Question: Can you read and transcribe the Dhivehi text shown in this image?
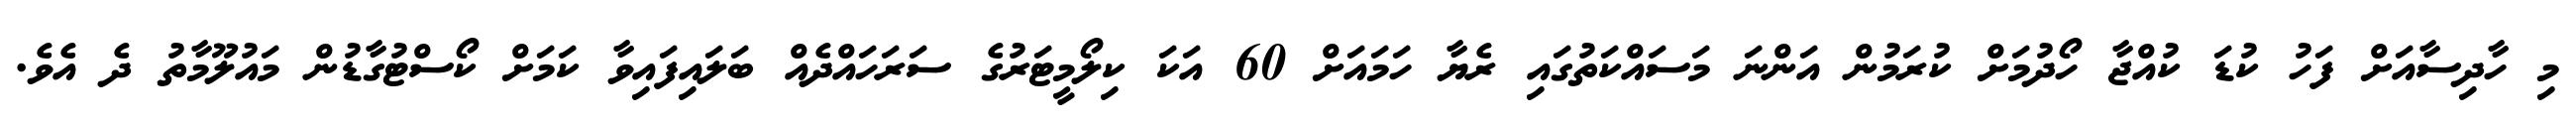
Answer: މި ހާދިސާއަށް ފަހު ކުޑަ ކުއްޖާ ހޯދުމަށް ކުރަމުން އަންނަ މަސައްކަތުގައި ރެޔާ ހަމައަށް 60 އަކަ ކިލޯމީޓަރުގެ ސަރަހައްދެއް ބަލައިފައިވާ ކަމަށް ކޯސްޓުގާޑުން މައުލޫމާތު ދެ އެވެ.